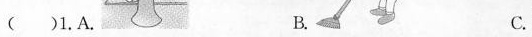
()1.A. B. C.